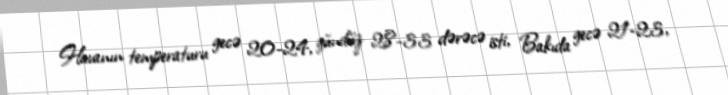
Havanın temperaturu gecə 20-24, gündüz 28-33 dərəcə isti, Bakıda gecə 21-23,